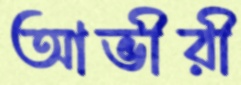
আভীরী